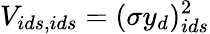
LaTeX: V_{ids,ids}=(\sigma y_{d})_{ids}^{2}